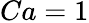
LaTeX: Ca=1